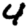
Digit: 4